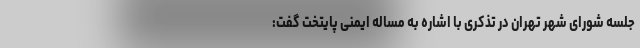
جلسه شورای شهر تهران در تذکری با اشاره به مساله ایمنی پایتخت گفت: